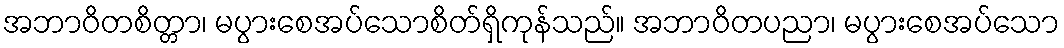
အဘာဝိတစိတ္တာ၊ မပွားစေအပ်သောစိတ်ရှိကုန်သည်။ အဘာဝိတပညာ၊ မပွားစေအပ်သော